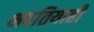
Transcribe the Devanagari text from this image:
भपतियाही